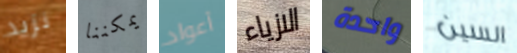
نزيد يمكننا أعواد الازياء واحدة السين